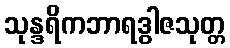
သုန္ဒရိကဘာရဒွါဇသုတ္တ